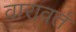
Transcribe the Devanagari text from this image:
वारावर्त